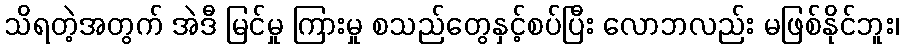
သိရတဲ့အတွက် အဲဒီ မြင်မှု ကြားမှု စသည်တွေနှင့်စပ်ပြီး လောဘလည်း မဖြစ်နိုင်ဘူး၊